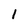
Character: l